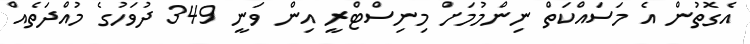
އެގޮތުން އެ މަސައްކަތް ނިންމުމަށް މިނިސްޓްރީ އިން ވަނީ 349 ދުވަހުގެ މުއްދަތެއް